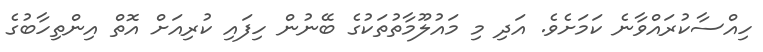
ހިއްސާކުރައްވާނެ ކަމަށެވެ. އަދި މި މައުލޫމާތުތަކުގެ ބޭނުން ހިފައި ކުރިއަށް އޮތް އިންތިހާބުގެ